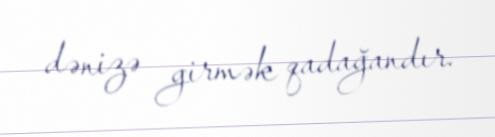
dənizə girmək qadağandır.